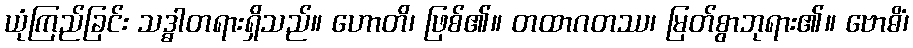
ယုံကြည်ခြင်း သဒ္ဓါတရားရှိသည်။ ဟောတိ၊ ဖြစ်၏။ တထာဂတဿ၊ မြတ်စွာဘုရား၏။ ဗောဓိံ၊